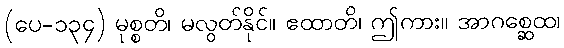
(ပေ-၁၃၄) မုစ္စတိ၊ မလွတ်နိုင်။ ဧထာတိ၊ ဤကား။ အာဂစ္ဆေထ၊